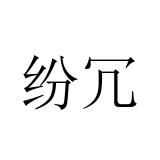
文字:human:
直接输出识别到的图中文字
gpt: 纷冗